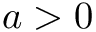
a > 0